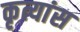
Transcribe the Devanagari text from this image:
कृत्यांस